Trukikaitis_Postimees, lk 35
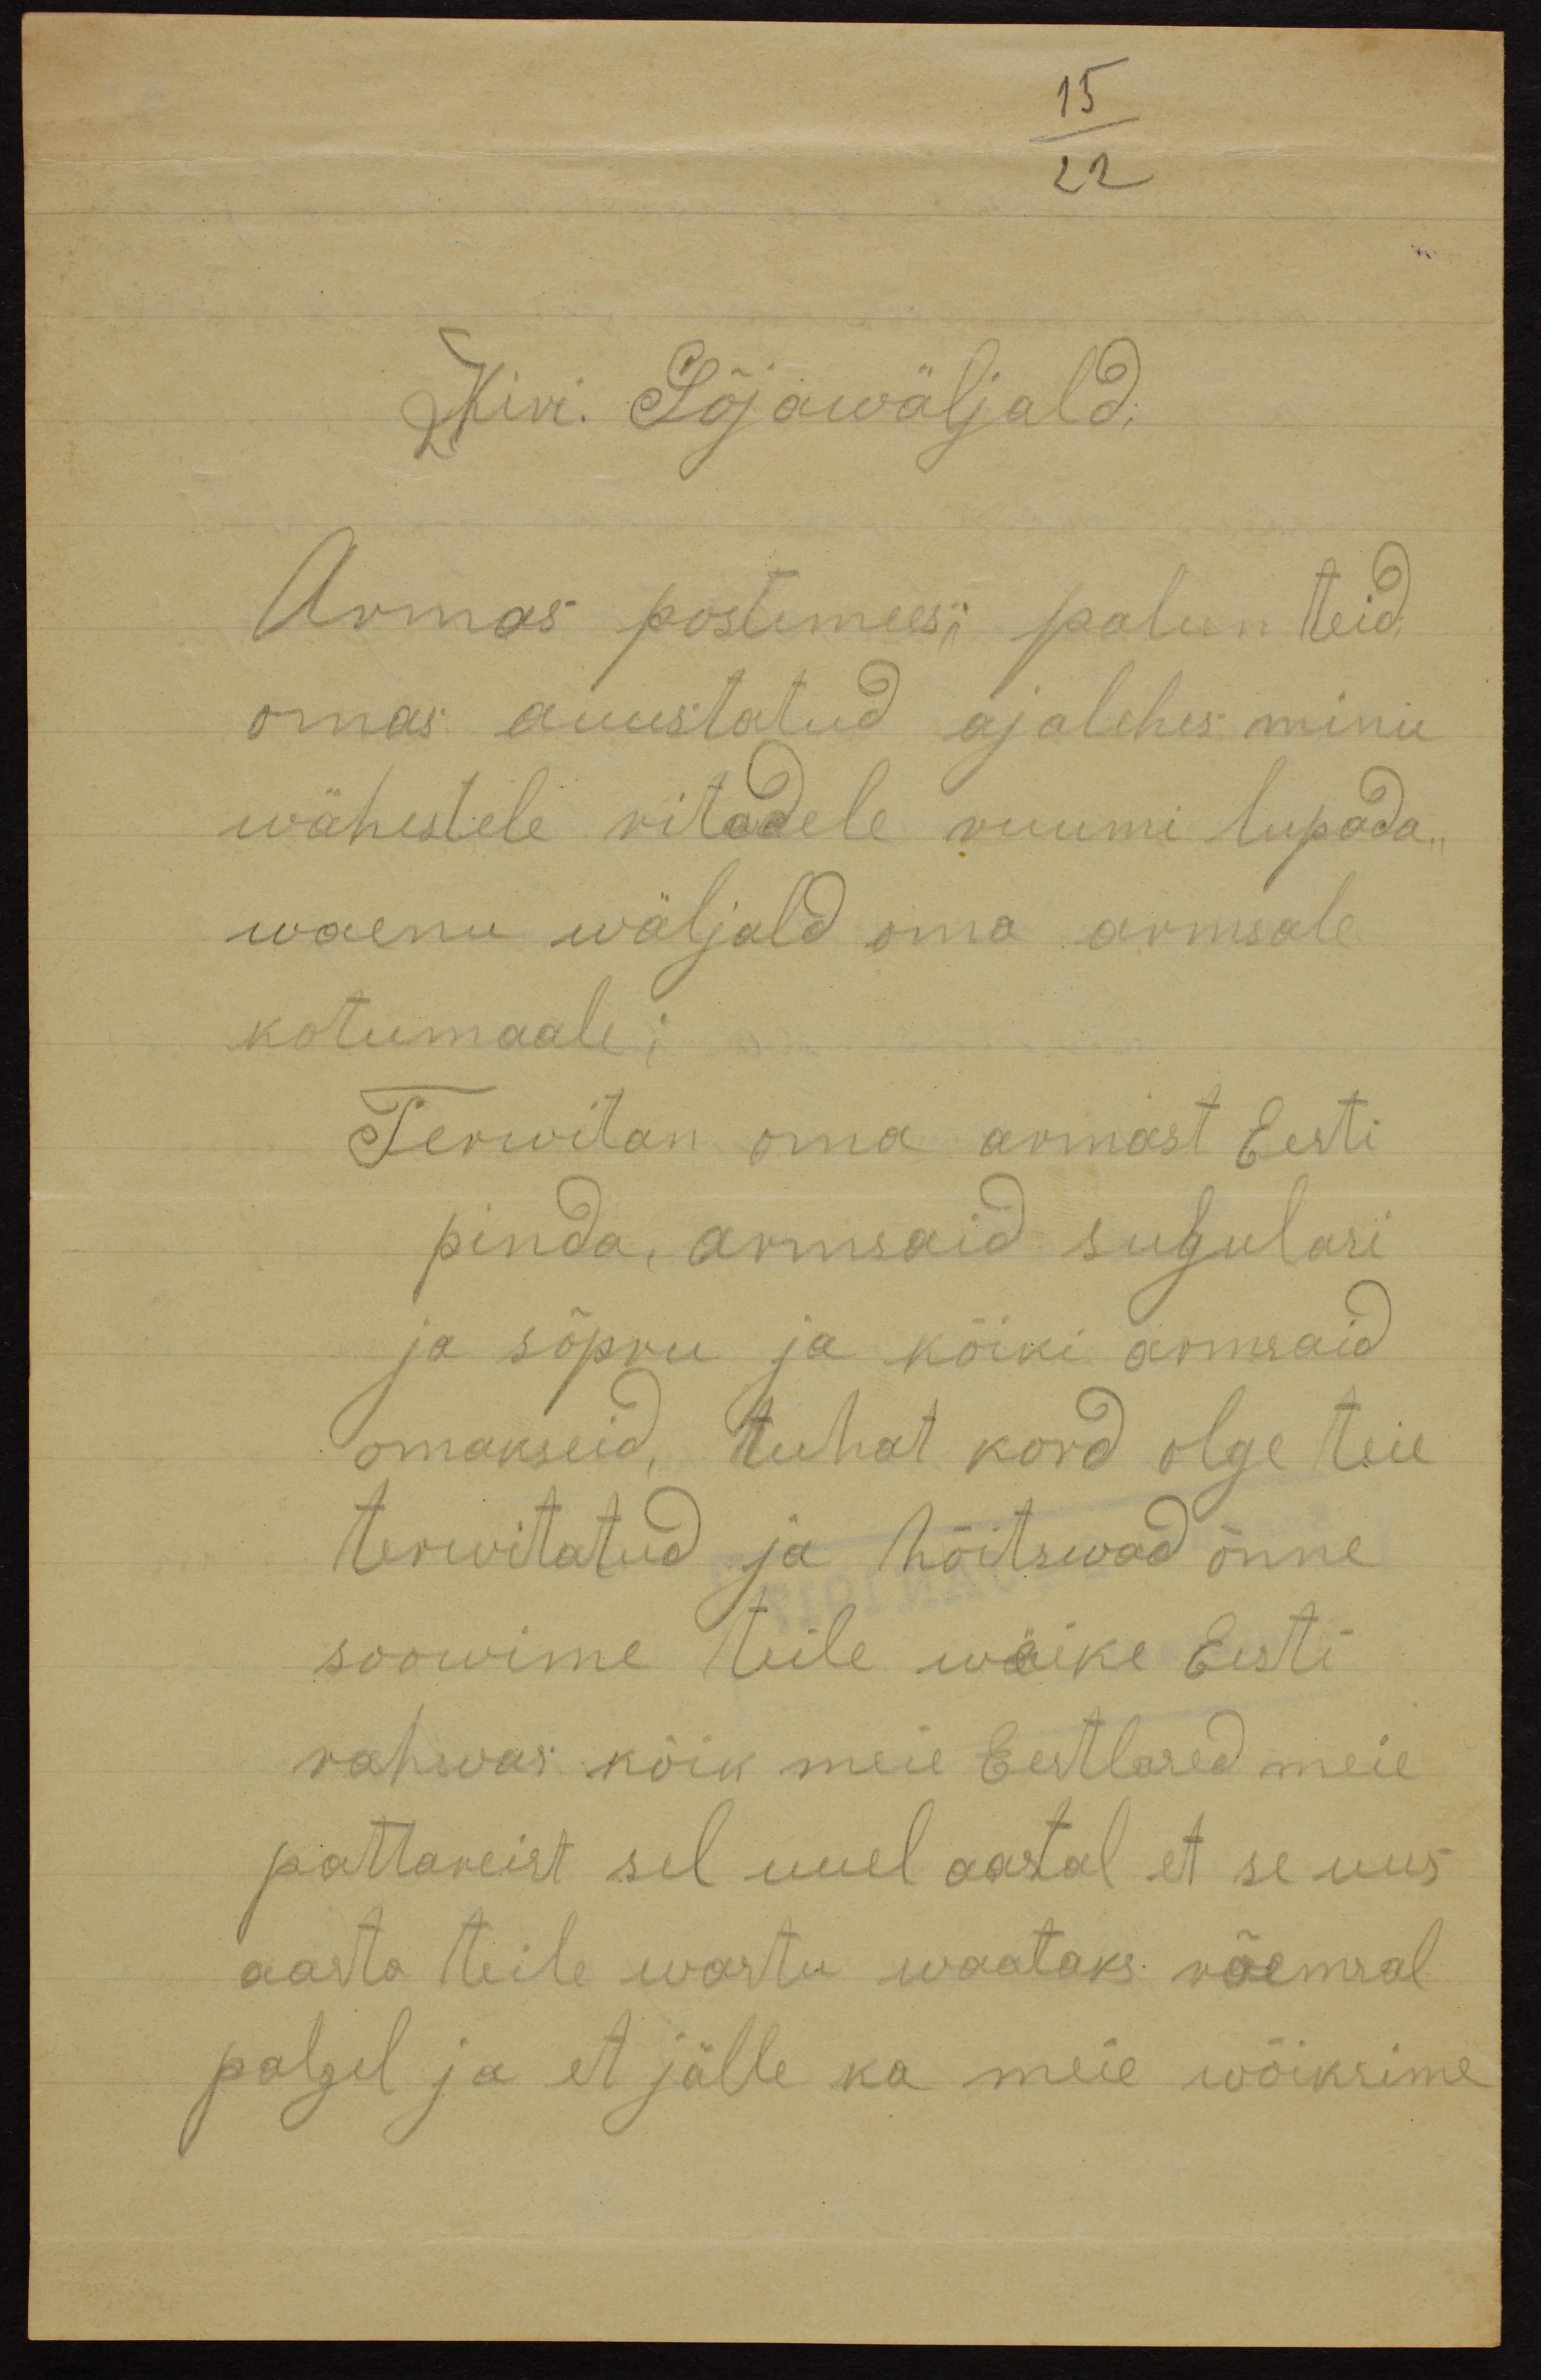
Kiri. Sõjawäljald.
Armas postimees; palun teid
omas auustatud ajalehes minu
wähestele ritadele ruumi lupada
waenu wäljald oma armsale
kotumaale;
Terwitan oma armast Eesti
pinda, armsaid sugulasi
ja sõpru ja kõiki armsaid
omakseid, tuhat kord olge teie
terwitatud ja hõitsewad õnne
soowime teile wäike Eesti
rahwas kõik meie Eestlased meie.
pattareist sel uuel aastal et se uus
aasta teile wastu waataks võemsal
palgel ja et jälle ka meie wõiksime